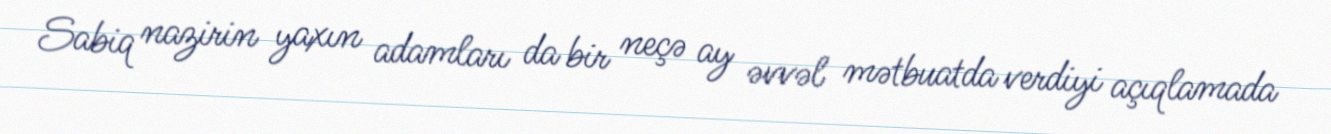
Sabiq nazirin yaxın adamları da bir neçə ay əvvəl mətbuatda verdiyi açıqlamada